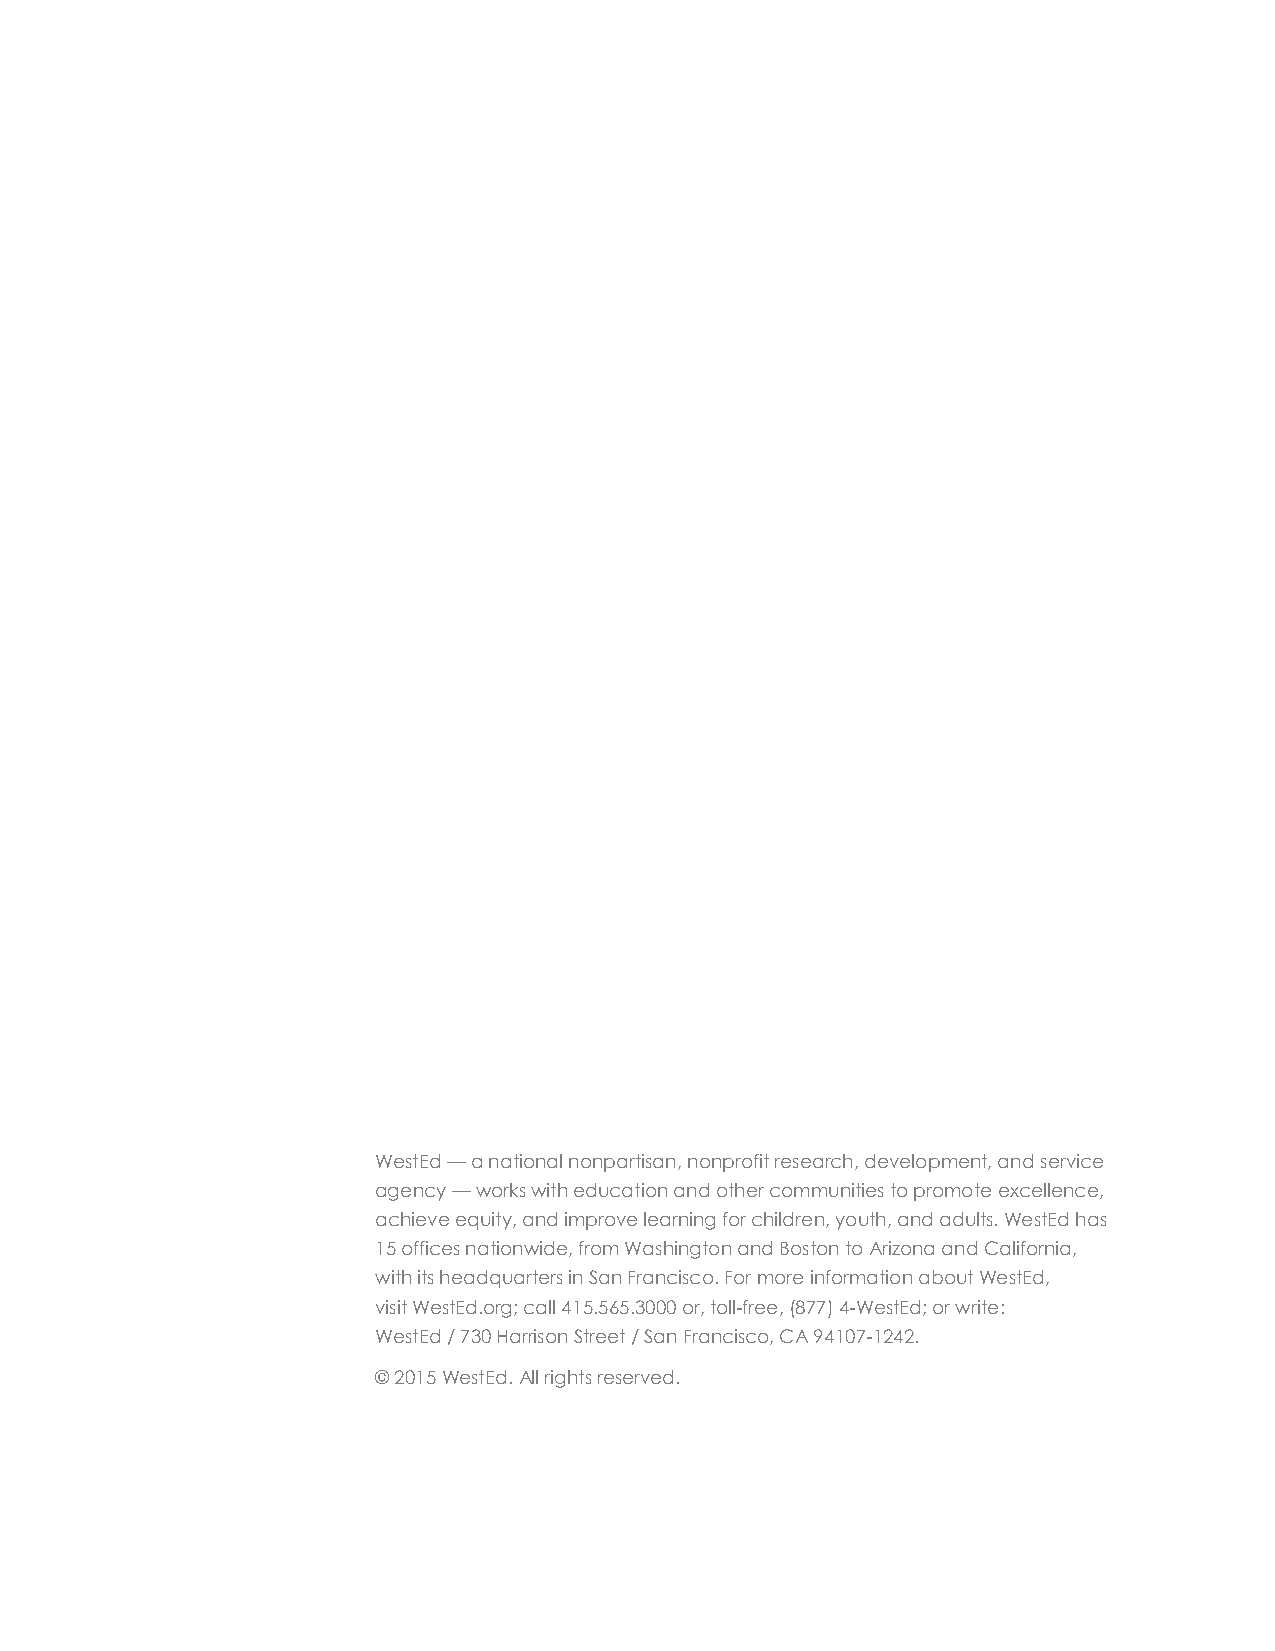
WestEd — a national nonpartisan, nonprofit research, development, and service
 agency — works with education and other communities to promote excellence,
 achieve equity, and improve learning for children, youth, and adults. WestEd has
 15 offices nationwide, from Washington and Boston to Arizona and California,
 with its headquarters in San Francisco. For more information about WestEd,
 visit WestEd.org; call 415.565.3000 or, toll-free, (877) 4-WestEd; or write:
 WestEd / 730 Harrison Street / San Francisco, CA 94107-1242.
 © 2015 WestEd. All rights reserved.